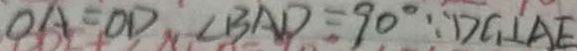
O A = O D , \angle B A D = 9 0 ^ { \circ } \because D G \bot A E